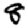
Digit: 8